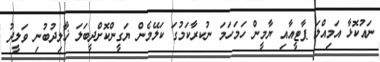
ނައުކޮޅާ އަމިއްލަ ޕާޓީއާއި ޔާމީން ހަމަހަމަ ނުކރާކަމުގަ ކަލޭމެން ޔަގީންކޮށްދީބަލަ ޚާލިދުބުނި ވަލީދު